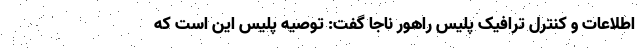
اطلاعات و کنترل ترافیک پلیس راهور ناجا گفت: توصیه پلیس این است که